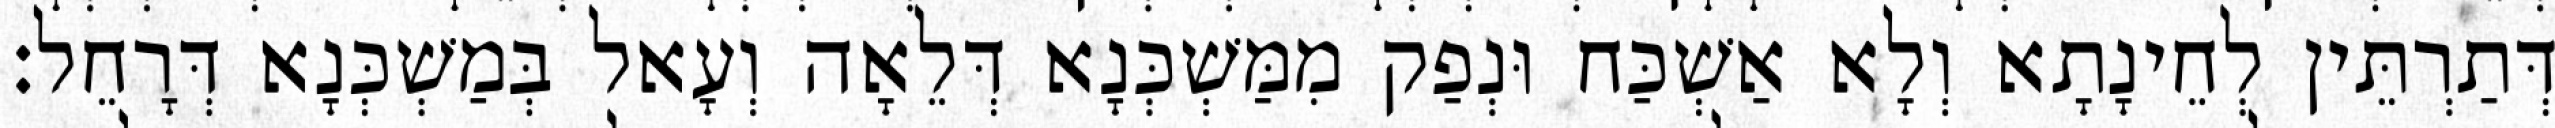
דְּתַרְתֵּין לְחֵינָתָא וְלָא אַשְׁכַּח וּנְפַק מִמַּשְׁכְּנָא דְּלֵאָה וְעָאל בְּמַשְׁכְּנָא דְּרָחֵל׃